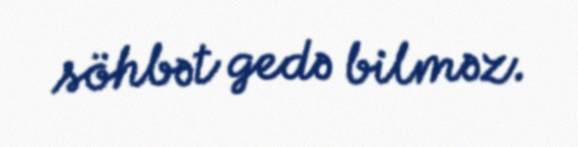
söhbət gedə bilməz.